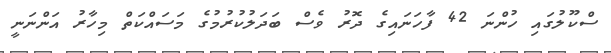
ސްކޫލުގައި ހުންނަ 42 ފާހަނައިގެ ދޮރު ވެސް ބަދަލުކުރުމުގެ މަސައްކަތް މިހާރު އަންނަނީ